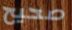
صحيح